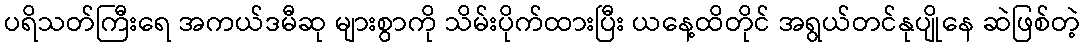
ပရိသတ်ကြီးရေ အကယ်ဒမီဆု များစွာကို သိမ်းပိုက်ထားပြီး ယနေ့ထိတိုင် အရွယ်တင်နုပျိုနေ ဆဲဖြစ်တဲ့